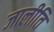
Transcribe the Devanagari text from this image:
जालीति